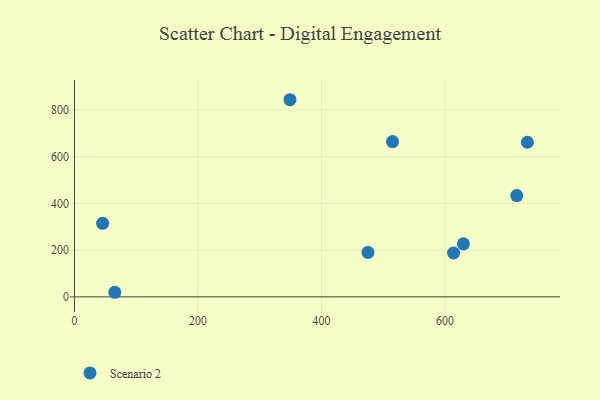
{"axis": {"x": "Study Hours", "y": "Exam Score"}, "legend": ["Scenario 2"], "data": [{"x": "733.4", "y": 662.3, "type": "Scenario 2"}, {"x": "45.6", "y": 315.0, "type": "Scenario 2"}, {"x": "613.9", "y": 187.8, "type": "Scenario 2"}, {"x": "65.3", "y": 19.6, "type": "Scenario 2"}, {"x": "629.8", "y": 227.2, "type": "Scenario 2"}, {"x": "515.1", "y": 665.2, "type": "Scenario 2"}, {"x": "475.3", "y": 190.3, "type": "Scenario 2"}, {"x": "349.0", "y": 844.6, "type": "Scenario 2"}, {"x": "716.2", "y": 433.8, "type": "Scenario 2"}]}